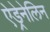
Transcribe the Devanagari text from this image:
ऐड्रेनेलिन